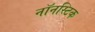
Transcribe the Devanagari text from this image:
नॉनस्टिक